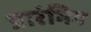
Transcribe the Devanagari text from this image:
प्रारंभिग